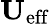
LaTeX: \mathbf{U}_{\mathrm{eff}}